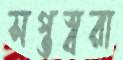
সপ্তস্বরা